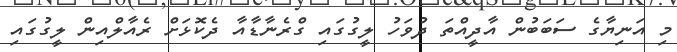
މި އަނިޔާގެ ސަބަބުން އާދީއްތަ ދުވަހު ލީގުގައި ގްރެނާޑާއާ ދެކޮޅަށް ރެއާލްއިން ލީގުގައި